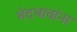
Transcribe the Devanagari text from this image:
भेदभावांना